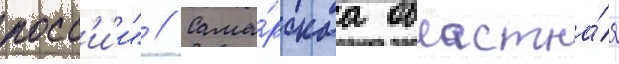
росс'и́и" // Сама́рскаа областна́я